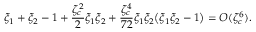
\xi _ { 1 } + \xi _ { 2 } - 1 + \frac { \zeta _ { c } ^ { 2 } } { 2 } \xi _ { 1 } \xi _ { 2 } + \frac { \zeta _ { c } ^ { 4 } } { 7 2 } \xi _ { 1 } \xi _ { 2 } \big ( \xi _ { 1 } \xi _ { 2 } - 1 \big ) = O ( \zeta _ { c } ^ { 6 } ) .